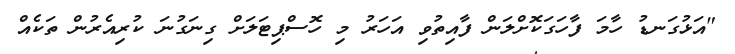
"އަޅުގަނޑު ހާމަ ފާހަގަކޮށްލަން ފާއިތުވި އަހަރު މި ހޮސްޕިޓަލަށް ގިނަގުނަ ކުރިއެރުން ތަކެއް